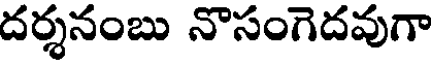
దర్శనంబు నొసంగెదవుగా